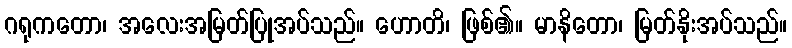
ဂရုကတော၊ အလေးအမြတ်ပြုအပ်သည်။ ဟောတိ၊ ဖြစ်၏။ မာနိတော၊ မြတ်နိုးအပ်သည်။